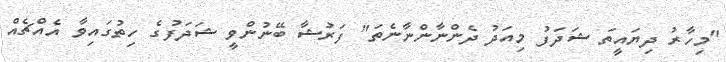
"މިހާރު ދިޔައީތަ ޝަދަފު މިއަދު ދެންނާންނާނެތަ" ފަރުޝާ ބޭނުންވީ ޝަދަފުގެ ހިތުގައިވާ އެއްޗެއް